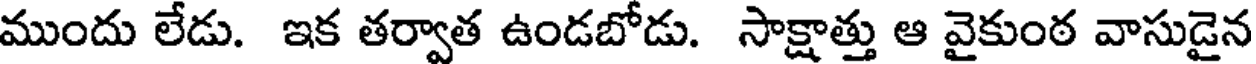
ముందు లేడు. ఇక తర్వాత ఉండబోడు. సాక్షాత్తు ఆ వైకుంఠ వాసుడైన